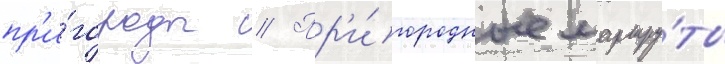
пр'и́городы // Пр'и́городные маршру́ты